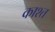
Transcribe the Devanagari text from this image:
काश्‍त